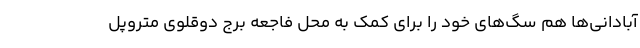
آبادانی‌ها هم سگ‌های خود را برای کمک به محل فاجعه برج دوقلوی متروپل